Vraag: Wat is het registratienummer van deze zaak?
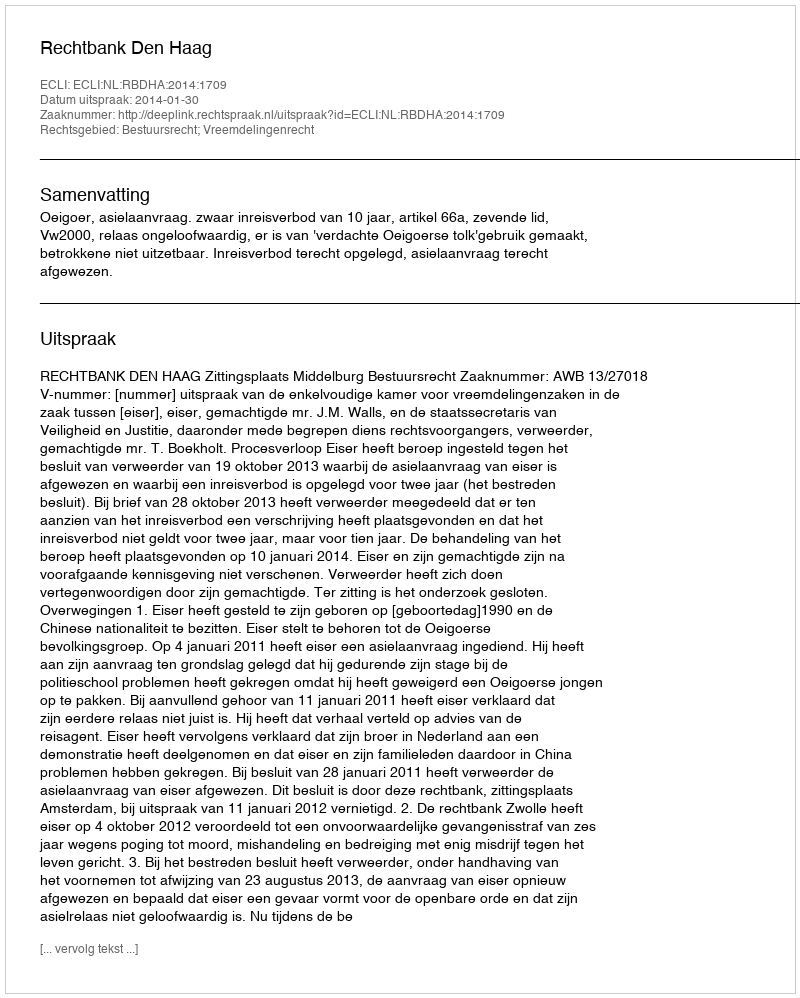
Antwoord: http://deeplink.rechtspraak.nl/uitspraak?id=ECLI:NL:RBDHA:2014:1709